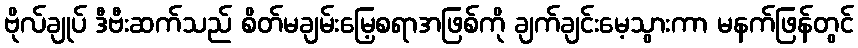
ဗိုလ်ချုပ် ဒီဗီးဆက်သည် စိတ်မချမ်းမြေ့စရာအဖြစ်ကို ချက်ချင်းမေ့သွားကာ မနက်ဖြန်တွင်